Sanitation, dispensaries and jails vaccination Rajputana 1922-1927 - 1922-1927
Year: 1922
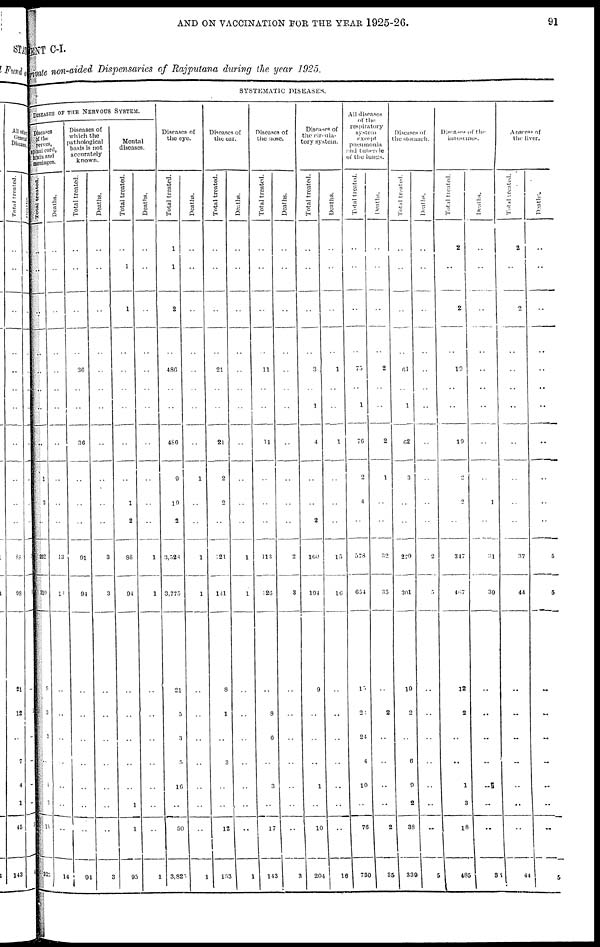
AND ON VACCINATION FOR THE YEAR 1925-26.
91
MENT C-I.
Private non-aided Dispensaries of Rajputana during the year 1925.
SYSTEMATIC DISEASES.
DISEASES OF THE NERVOUS SYSTEM.
Diseases
of the
nerves,
spinal cord,
brain and
meninges.
Total treated
..
..
..
..
..
..
1
3
..
262
310
..
3
3
..
1
3
15
325
Deaths.
..
..
..
..
..
..
..
..
..
13
11
..
..
..
..
..
..
..
14
Diseases of
which the
pathological
basis is not
accurately
known.
Total treated.
..
..
..
36
..
36
..
..
..
91
94
..
..
..
..
..
..
..
94
Deaths.
..
..
..
..
..
..
..
..
..
3
3
..
..
..
..
..
..
..
3
Mental
diseases.
Total treated.
..
1
1
..
..
..
..
1
2
88
94
..
..
..
..
..
1
1
95
Deaths.
..
..
..
..
..
..
..
..
..
1
1
..
..
..
..
..
..
..
1
Diseases of
the eye.
Total treated.
1
1
2
486
..
486
9
19
2
3,528
3,775
21
5
3
5
16
..
50
3,825
Deaths.
..
..
..
..
..
..
1
..
..
1
1
..
..
..
..
..
..
..
1
Diseases of
the ear.
Total treated.
..
..
..
21
..
21
2
2
..
121
141
8
1
..
3
..
..
12
153
Deaths.
..
..
..
..
..
..
..
..
..
1
1
..
..
..
..
..
..
..
1
Diseases of
the nose.
Total treated.
..
..
..
11
..
11
..
..
..
113
126
..
8
6
..
3
..
17
143
Deaths.
..
..
..
..
..
..
..
..
..
2
3
..
..
..
..
..
..
..
3
Diseases of
the circula-
tory system.
Total treated.
..
..
..
3
1
4
..
..
2
160
194
9
..
..
..
1
..
10
204
Deaths.
..
..
..
1
..
1
..
..
..
15
16
..
..
..
..
..
..
..
16
All diseases
of the
respiratory
system
except
pneumonia
and tubercle
of the lungs.
Total treated.
..
..
..
75
1
76
2
4
..
578
654
15
20
24
4
10
..
76
730
Deaths.
..
..
..
2
..
2
1
..
..
32
35
..
2
..
..
..
..
2
35
Diseases of
the stomach.
Total treated.
..
..
..
61
1
62
3
..
..
279
301
19
2
..
6
9
2
38
339
Deaths.
..
..
..
..
..
..
..
..
..
2
5
..
..
..
..
..
..
..
5
Diseases of the
intestines.
Total treated.
2
..
2
19
..
19
2
2
..
347
467
12
2
..
..
1
3
18
485
Deaths.
..
..
..
..
..
..
..
1
..
31
39
..
..
..
..
..
..
..
39
Abscess of
the liver.
Total treated.
2
..
2
..
..
..
..
..
..
37
44
..
..
..
..
..
..
..
44
Deaths.
..
..
..
..
..
..
..
..
..
5
5
..
..
..
..
..
..
..
5